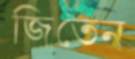
জিতেন